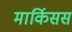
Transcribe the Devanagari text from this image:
मार्किसस